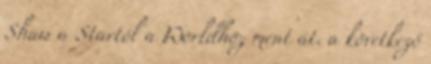
Shaw a Startól a Worldhöz ment át. a következő